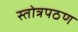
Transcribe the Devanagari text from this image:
स्तोत्रपठण